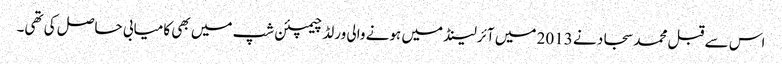
اس سے قبل محمد سجاد نے 2013 میں آئرلینڈ میں ہونے والی ورلڈ چیمپئن شپ میں بھی کامیابی حاصل کی تھی۔